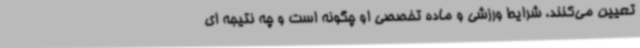
تعیین می‌کنند، شرایط ورزشی و ماده تخصصی او چگونه است و چه نتیجه ای